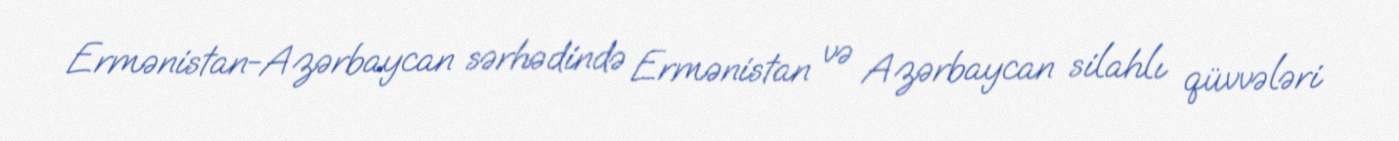
Ermənistan-Azərbaycan sərhədində Ermənistan və Azərbaycan silahlı qüvvələri